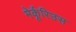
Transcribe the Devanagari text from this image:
मेर्कूरिउस